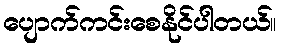
ပျောက်ကင်းစေနိုင်ပါတယ်။